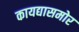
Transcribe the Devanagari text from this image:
कायद्यासमोर